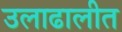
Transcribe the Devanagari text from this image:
उलाढालीत